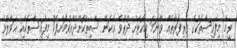
ވީމާ މިފައިސާތަކުގެ ވެރިފަރާތެއް ވާނަމަ މިކޯޓަށް ދުރުވެ އެކަން ސާބިތުކޮށްދެއްވުމަށްފަހު މިފައިސާތަކާއި ޙަވާލުވެ